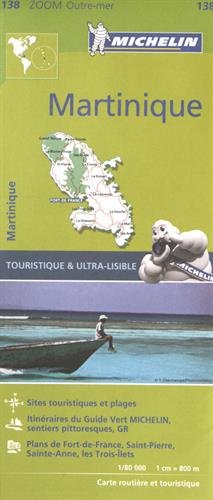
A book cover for Michelin Martinique Map 138 (Michelin Map); Michelin Travel & Lifestyle; Travel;